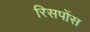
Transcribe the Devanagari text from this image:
रिसपोंस